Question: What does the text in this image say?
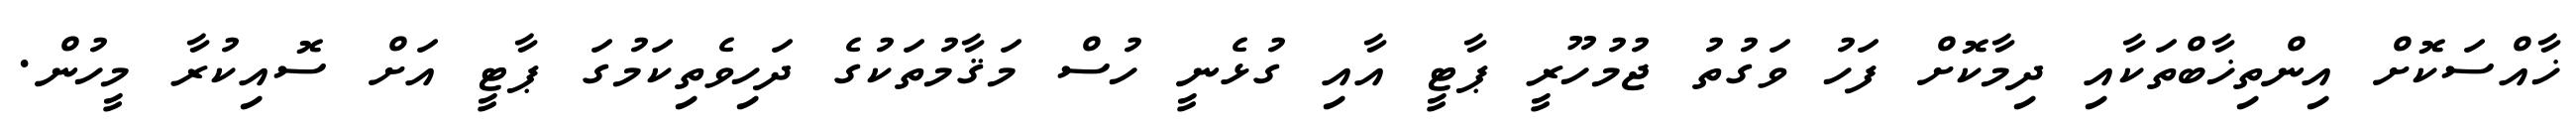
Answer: ޚާއްސަކޮށް އިންތިޚާބްތަކާއި ދިމާކޮށް ފަހު ވަގުތު ޖުމުހޫރީ ޕާޓީ އާއި ގުޅެނީ ހުސް މަޤާމުތަކުގެ ދަހިވެތިކަމުގަ ޕާޓީ އަށް ސޮއިކުރާ މީހުން.